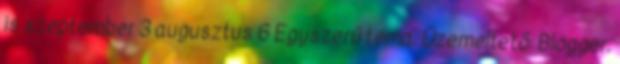
is szeptember 3 augusztus 6 Egyszerű téma. Üzemeltető: Blogger.